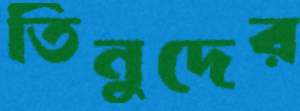
তিনুদের